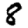
Digit: 8